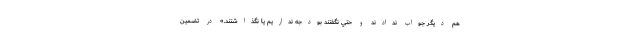
هم ديگر جواب ندادند و حتي نگفتند بودجه نداريم يا نگذاشتند.» در تضمين